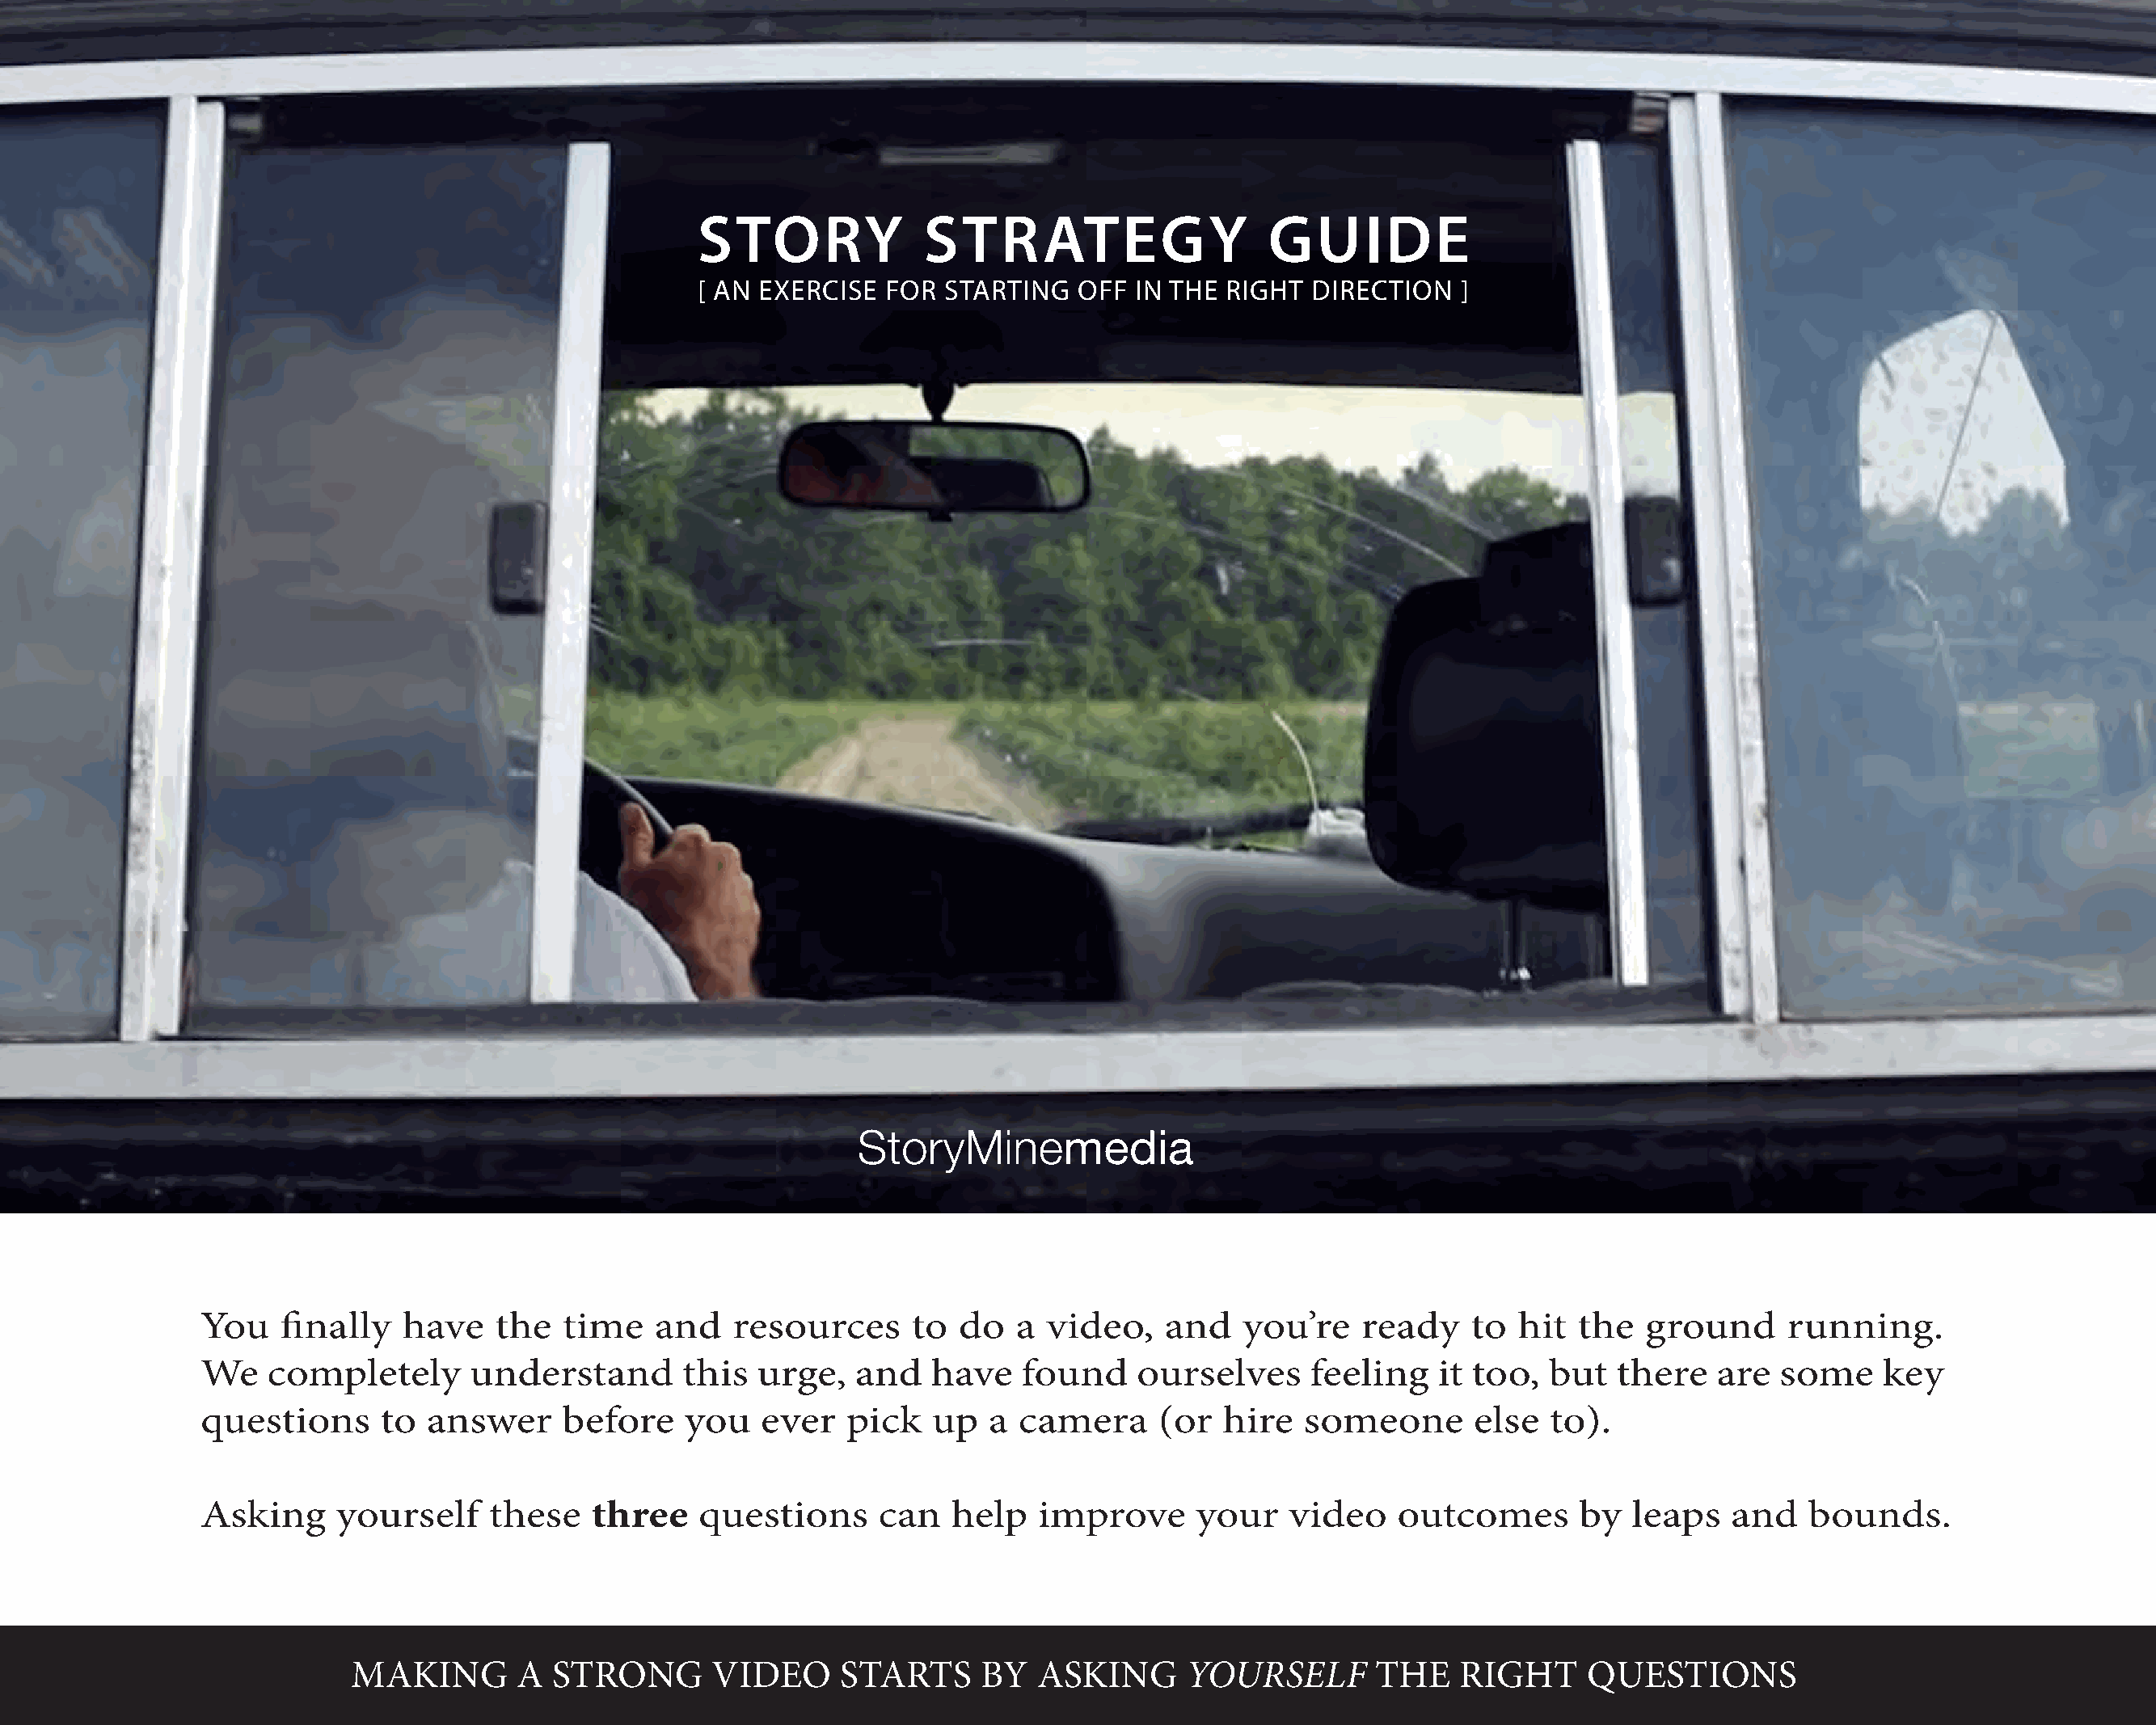
STORY              STRATEGY                    GUIDE
 [ AN EXERCISE   FOR STARTING   OFF  IN THE RIGHT  DIRECTION    ]
 StoryMine
 media
 You    finally   have    the  time    and   resources      to do   a  video,   and    you’re   ready    to  hit  the   ground     running.
 We    completely      understand        this  urge,   and   have    found    ourselves     feeling    it too,  but  there    are  some    key
 questions      to  answer     before    you   ever   pick   up   a camera      (or  hire   someone       else  to).
 Asking      yourself    these   three    questions      can   help   improve      your    video   outcomes       by   leaps   and   bounds.
 MAKING       A  STRONG       VIDEO      STARTS     BY   ASKING      YOURSELF        THE    RIGHT     QUESTIONS